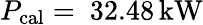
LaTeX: P_{\mathrm{cal}}=~32.48\, \mathrm{kW}